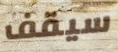
سيقف